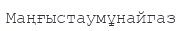
Маңғыстаумұнайгаз